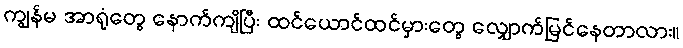
ကျွန်မ အာရုံတွေ နောက်ကျိပြီး ထင်ယောင်ထင်မှားတွေ လျှောက်မြင်နေတာလား။